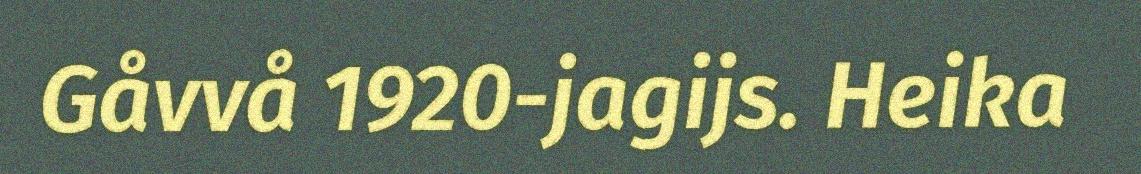
Gåvvå 1920-jagijs. Heika